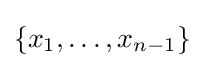
\{x_{1},\ldots ,x_{n-1}\}